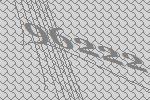
96222